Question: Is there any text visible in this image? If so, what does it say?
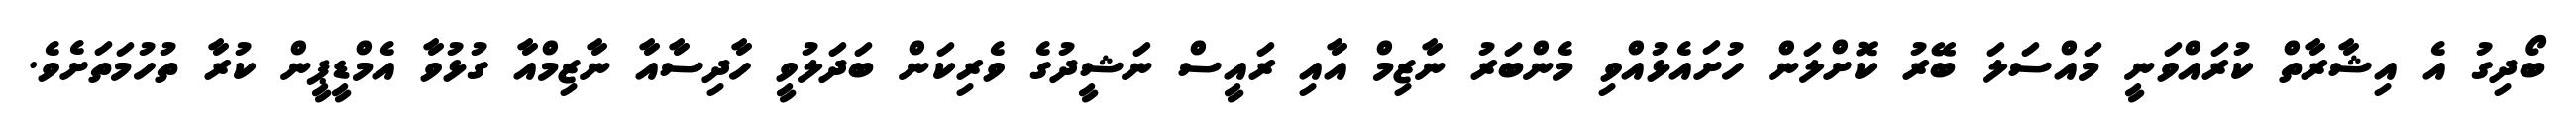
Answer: ބޯދިގު އެ އިޝާރާތް ކުރައްވަނީ މައްސަލަ ބޭރު ކޮށްލަން ހުށައެޅުއްވި މެންބަރު ނާޒިމް އާއި ރައީސް ނަޝީދުގެ ވެރިކަން ބަދަލުވީ ހާދިސާއާ ނާޒިމްއާ ގުޅުވާ އެމްޑީޕީން ކުރާ ތުހުމަތަށެވެ.